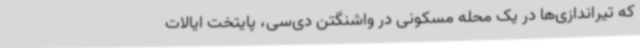
که تیراندازی‌ها در یک محله مسکونی در واشنگتن دی‌سی، پایتخت ایالات